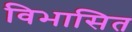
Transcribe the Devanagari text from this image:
विभासित